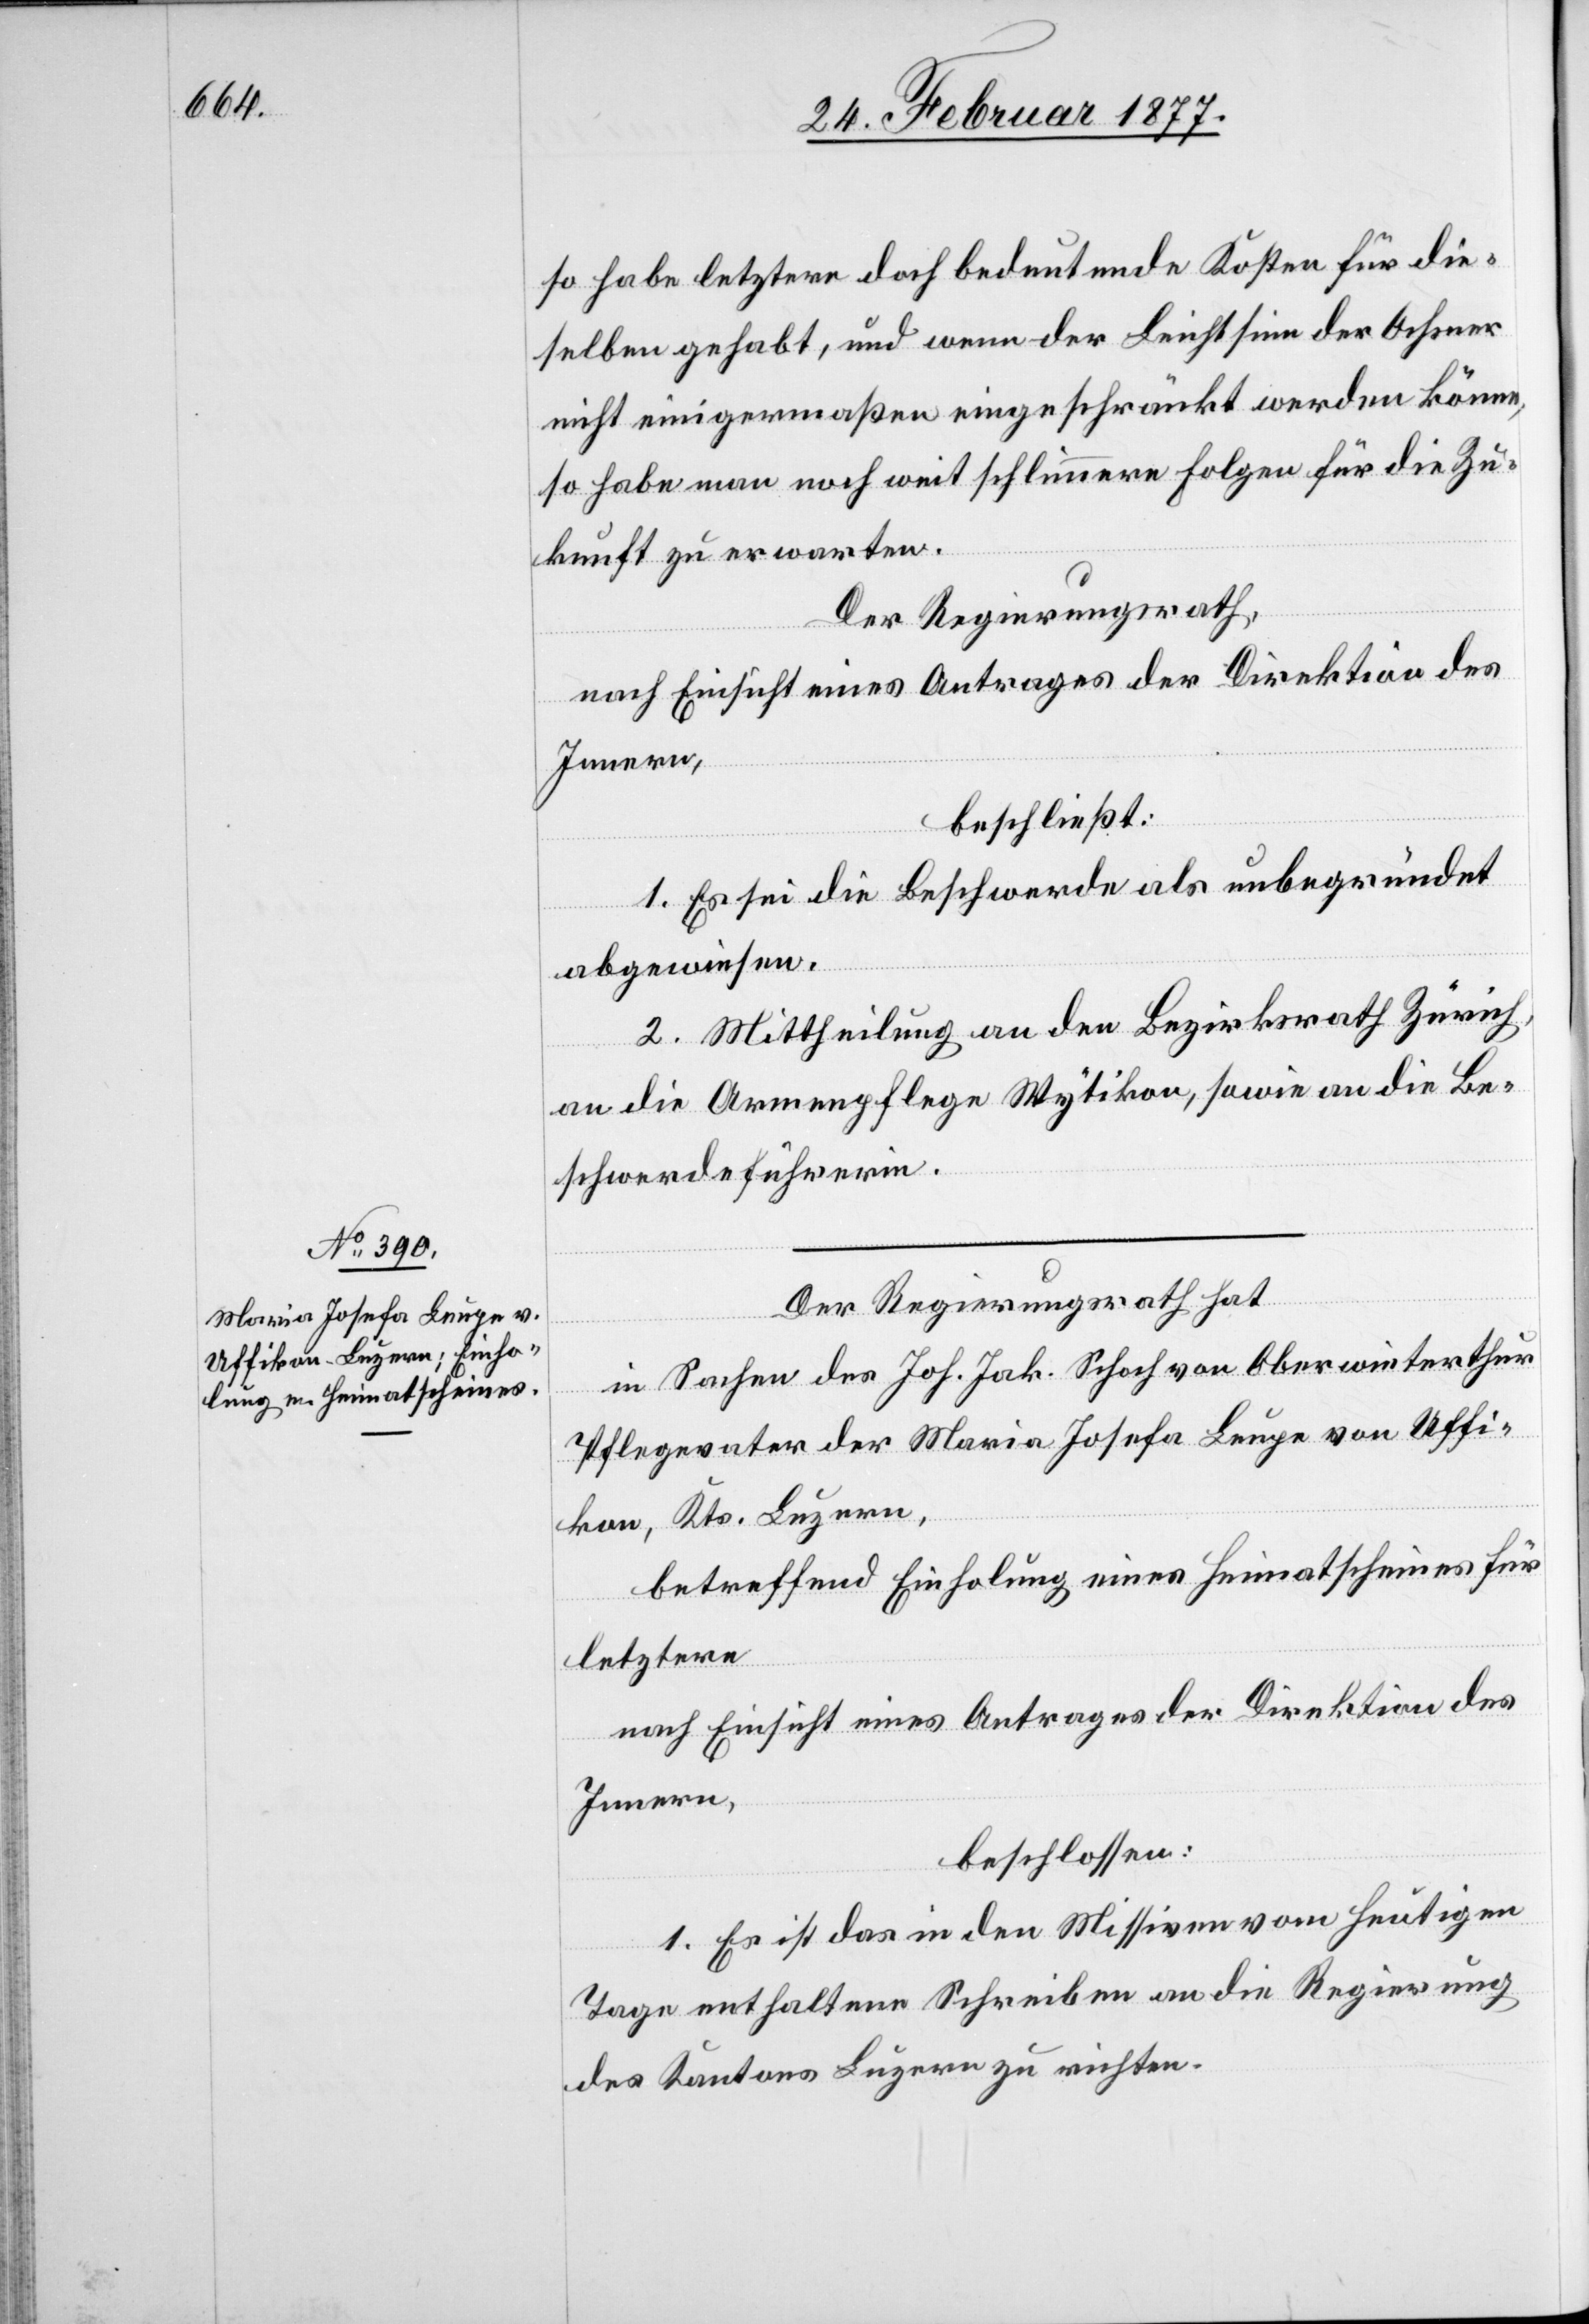
so habe letztere doch bedeutende Kosten für die¬
selben gehabt, und wenn der Leichtsinn der Ochsner
nicht einigermaßen eingeschränkt werden könne,
so habe man noch weit schlimmere Folgen für die Zu¬
kunft zu erwarten.
Der Regierungsrath,
nach Einsicht eines Antrages der Direktion des
Innern,
beschließt:
1. Es sei die Beschwerde als unbegründet
abgewiesen.
2. Mittheilung an den Bezirksrath Zürich,
an die Armenpflege Wytikon, sowie an die Be¬
schwerdeführerin.
Der Regierungsrath hat,
in Sachen des Joh. Jak. Schoch von Oberwinterthur
Pflegevater der Maria Josefa Leupe von Uffi¬
kon, Kts. Luzern,
betreffend Einholung eines Heimatscheines für
letztere,
nach Einsicht eines Antrages der Direktion des
Innern,
beschlossen:
1. Es ist das in den Missiven vom heutigen
Tage enthaltene Schreiben an die Regierung
des Kantons Luzern zu richten.